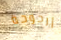
أرجوحة